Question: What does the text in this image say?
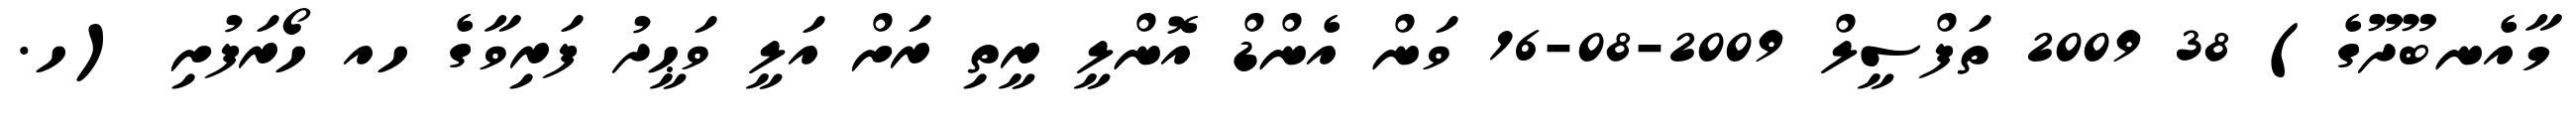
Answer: މާއެނބޫދޫގެ) 38 2009 ތަފްސީލް 2009-08-16 ވަން އެންޑް އޮންލީ ރީތި ރަށް އަލީ ވަޙީދު ފަރިވާގެ ހއ ހޯރަފުށި (ހ.